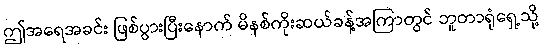
ဤအရေအခင်း ဖြစ်ပွားပြီးနောက် မိနစ်ကိုးဆယ်ခန့်အကြာတွင် ဘူတာရုံရှေ့သို့